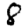
Digit: 8